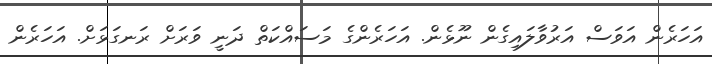
އަހަރެން އަވަސް އަރުވާލައިގެން ނޫޅެން. އަހަރެންގެ މަސައްކަތް ދަނީ ވަރަށް ރަނގަޅަށް. އަހަރެން